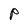
Character: P